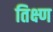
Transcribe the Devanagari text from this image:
तिक्ष्ण